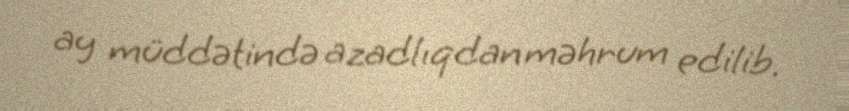
ay müddətində azadlıqdan məhrum edilib.